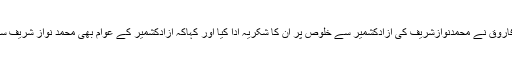
اس موقع پر چوہدری طارق فاروق نے محمدنوازشریف کی آزادکشمیر سے خلوص پر اُن کا شکریہ ادا کیا اور کہاکہ آزادکشمیر کے عوام بھی محمد نواز شریف سے بے پناہ محبت کرتے ہیں۔